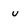
Character: u